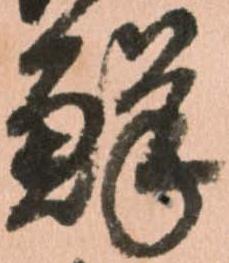
鮮